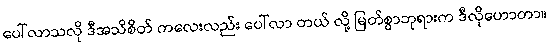
ပေါ်လာသလို ဒီအသိစိတ် ကလေးလည်း ပေါ်လာ တယ် လို့ မြတ်စွာဘုရားက ဒီလိုဟောတာ။